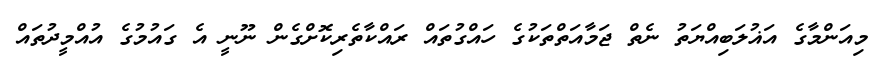
މިއަންމާގެ އަޣުލަބިއްޔަތު ނެތް ޖަމާއަތްތަކުގެ ހައްގުތައް ރައްކާތެރިކޮށްގެން ނޫނީ އެ ގައުމުގެ އުއްމީދުތައް